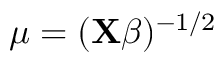
\mu = ( \mathbf { X } { \boldsymbol { \beta } } ) ^ { - 1 / 2 } \,